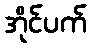
အိုင်ပက်